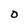
Character: O